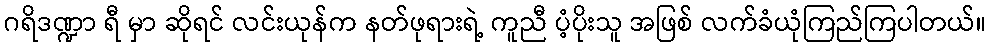
ဂရိဒဏ္ဍာ ရီ မှာ ဆိုရင် လင်းယုန်က နတ်ဖုရားရဲ့ ကူညီ ပံ့ပိုးသူ အဖြစ် လက်ခံယုံကြည်ကြပါတယ်။